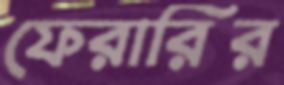
ফেরারির